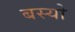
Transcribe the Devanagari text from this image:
बस्‍यो